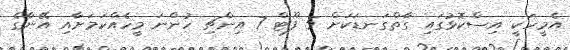
އެމީހަކީ އިސްކޮޅުގައި ގާތްގަނޑަކަށް 5 ފޫޓް 7 އިންޗި ހުންނަ މީހެއްކަމަށާއި އޭނާގެ